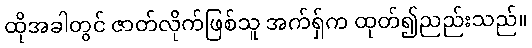
ထိုအခါတွင် ဇာတ်လိုက်ဖြစ်သူ အက်ရှ်က ထုတ်၍ညည်းသည်။